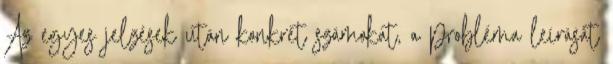
Az egyes jelzések után konkrét számokat, a probléma leírását